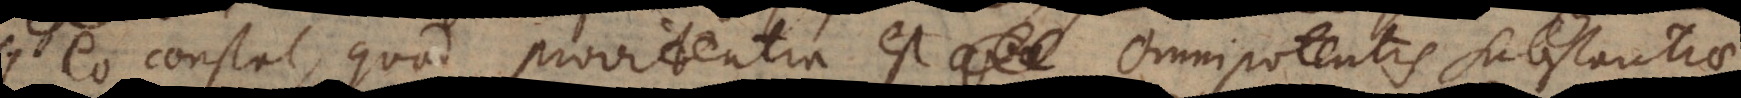
eo constat, quod providentia est Omnipotentis substantiae